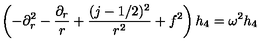
\left( - \partial _ { r } ^ { 2 } - { \frac { \partial _ { r } } { r } } + { \frac { ( j - 1 / 2 ) ^ { 2 } } { r ^ { 2 } } } + f ^ { 2 } \right) h _ { 4 } = \omega ^ { 2 } h _ { 4 }